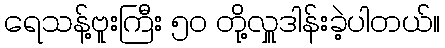
ရေသန့်ဗူးကြီး ၅၀ တို့လှူဒါန်းခဲ့ပါတယ်။